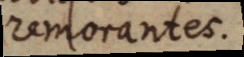
remorantes.